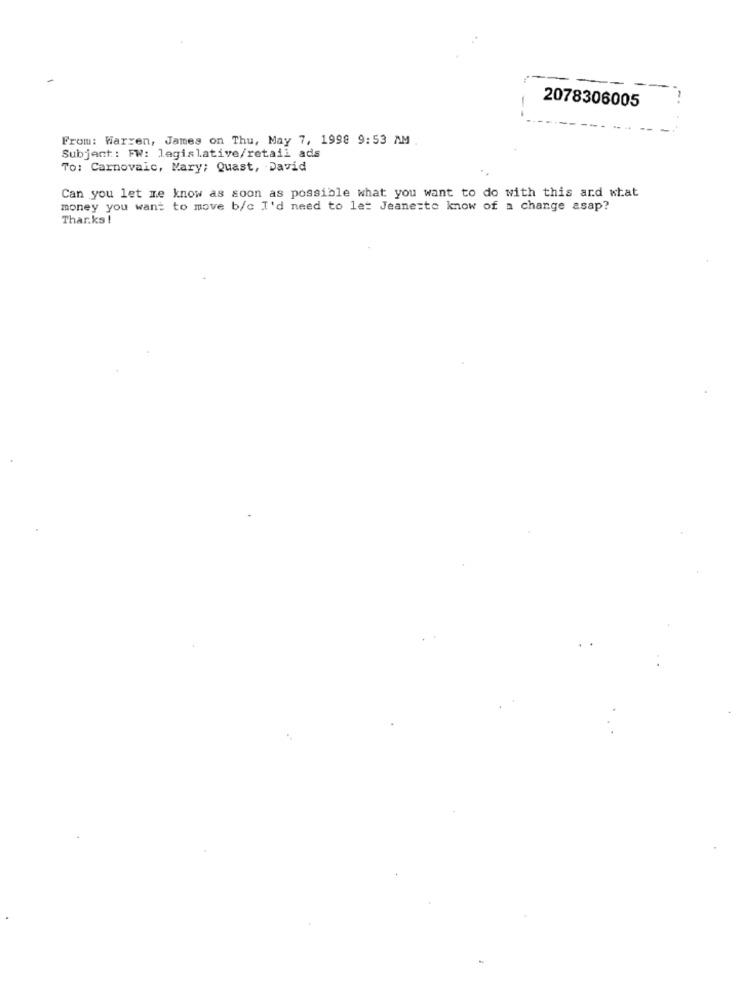
2078306005
From: Warren, James on Thu, May 7, 1998 9:53 AM
Subject: FW: legislative/retail ads
To: Carnovaic, Mary; Quast, David
Can you let me know as soon as possible what you want to do with this and what
money you want to move b/c I'd need to let Jeane=to know of a change asap?
Thar.ks !